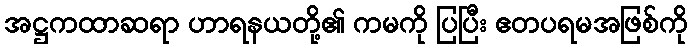
အဋ္ဌကထာဆရာ ဟာရနယတို့၏ ကမကို ပြပြီး ဧတပရမအဖြစ်ကို